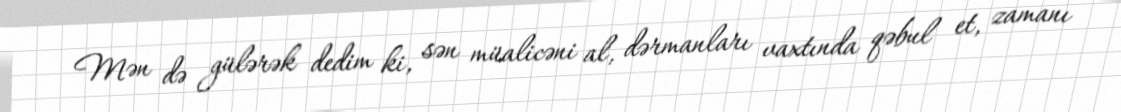
Mən də gülərək dedim ki, sən müalicəni al, dərmanları vaxtında qəbul et, zamanı